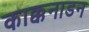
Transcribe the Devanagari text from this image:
काक्कनाडन